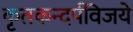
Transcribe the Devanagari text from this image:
कृतकन्दर्पविजये